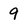
Character: 9